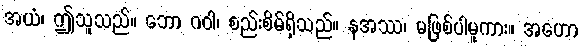
အယံ၊ ဤသူသည်။ ဘော ဂဝါ၊ စည်းစိမ်ရှိသည်။ နအဿ၊ မဖြစ်ပါမူကား။ အဟော